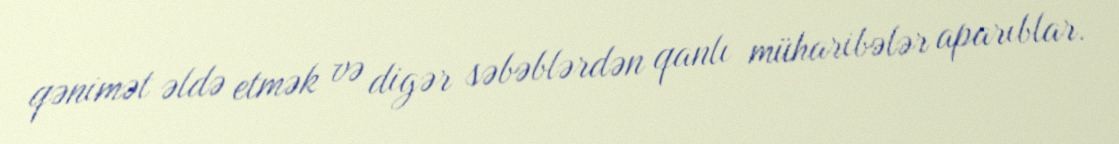
qənimət əldə etmək və digər səbəblərdən qanlı müharibələr aparıblar.